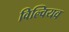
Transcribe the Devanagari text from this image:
विल्वियव